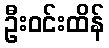
ဦးဝင်းထိန်